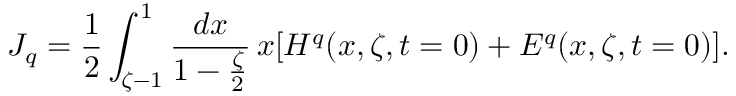
J _ { q } = \frac { 1 } { 2 } \int _ { \zeta - 1 } ^ { 1 } \frac { d x } { 1 - \frac { \zeta } { 2 } } \, x [ H ^ { q } ( x , \zeta , t = 0 ) + E ^ { q } ( x , \zeta , t = 0 ) ] .